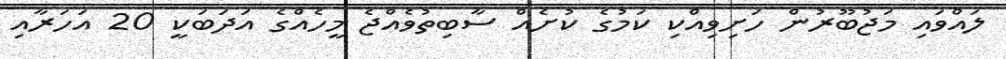
ލައްވައި މަޖުބޫރުން ހަށިވިއްކި ކަމުގެ ކުށެއް ސާބިތުވެއްޖެ މީހެއްގެ އަދަބަކީ 20 އަހަރާއި